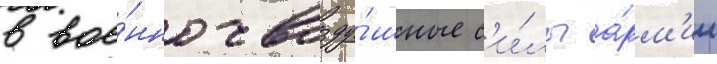
в вое́нно-возду́шные с'и́лы а́рм'ии